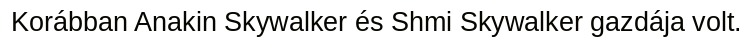
Korábban Anakin Skywalker és Shmi Skywalker gazdája volt.